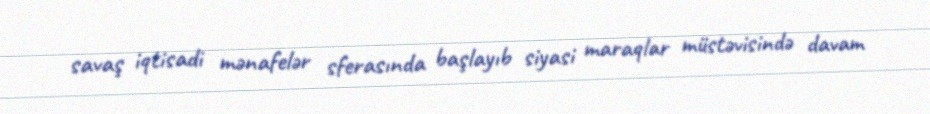
savaş iqtisadi mənafelər sferasında başlayıb siyasi maraqlar müstəvisində davam